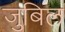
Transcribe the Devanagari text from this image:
जुबिल